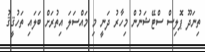
ތިނަދޫ ޕޮލިސް ސްޓޭޝަނުން މިހާރު ދަނީ މި މައްސަލަ އިތުރަށް ބަލައި ތަހުޤީޤު